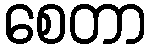
စေတာ